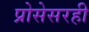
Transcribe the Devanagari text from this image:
प्रोसेसरही